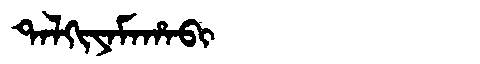
Manchu: ᡨᠠᠯᡴᡳᠶᠠᠮᠠᡥᠠᠪᡳ
Romanization: TALKIYAMAHABI